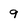
Character: 9